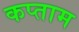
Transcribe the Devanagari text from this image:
कप्ताम